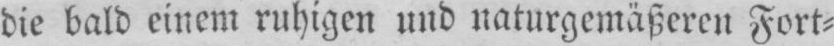
die bald einem ruhigen und naturgemäßeren Fort⸗